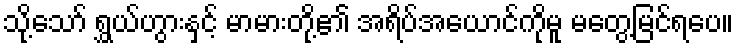
သို့သော် ရွှယ်ဟွားနှင့် မာမားတို့၏ အရိပ်အယောင်ကိုမူ မတွေ့မြင်ရပေ။